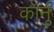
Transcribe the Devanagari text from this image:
कॉर्नु